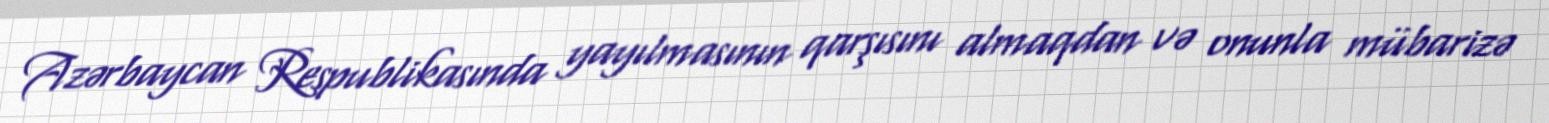
Azərbaycan Respublikasında yayılmasının qarşısını almaqdan və onunla mübarizə